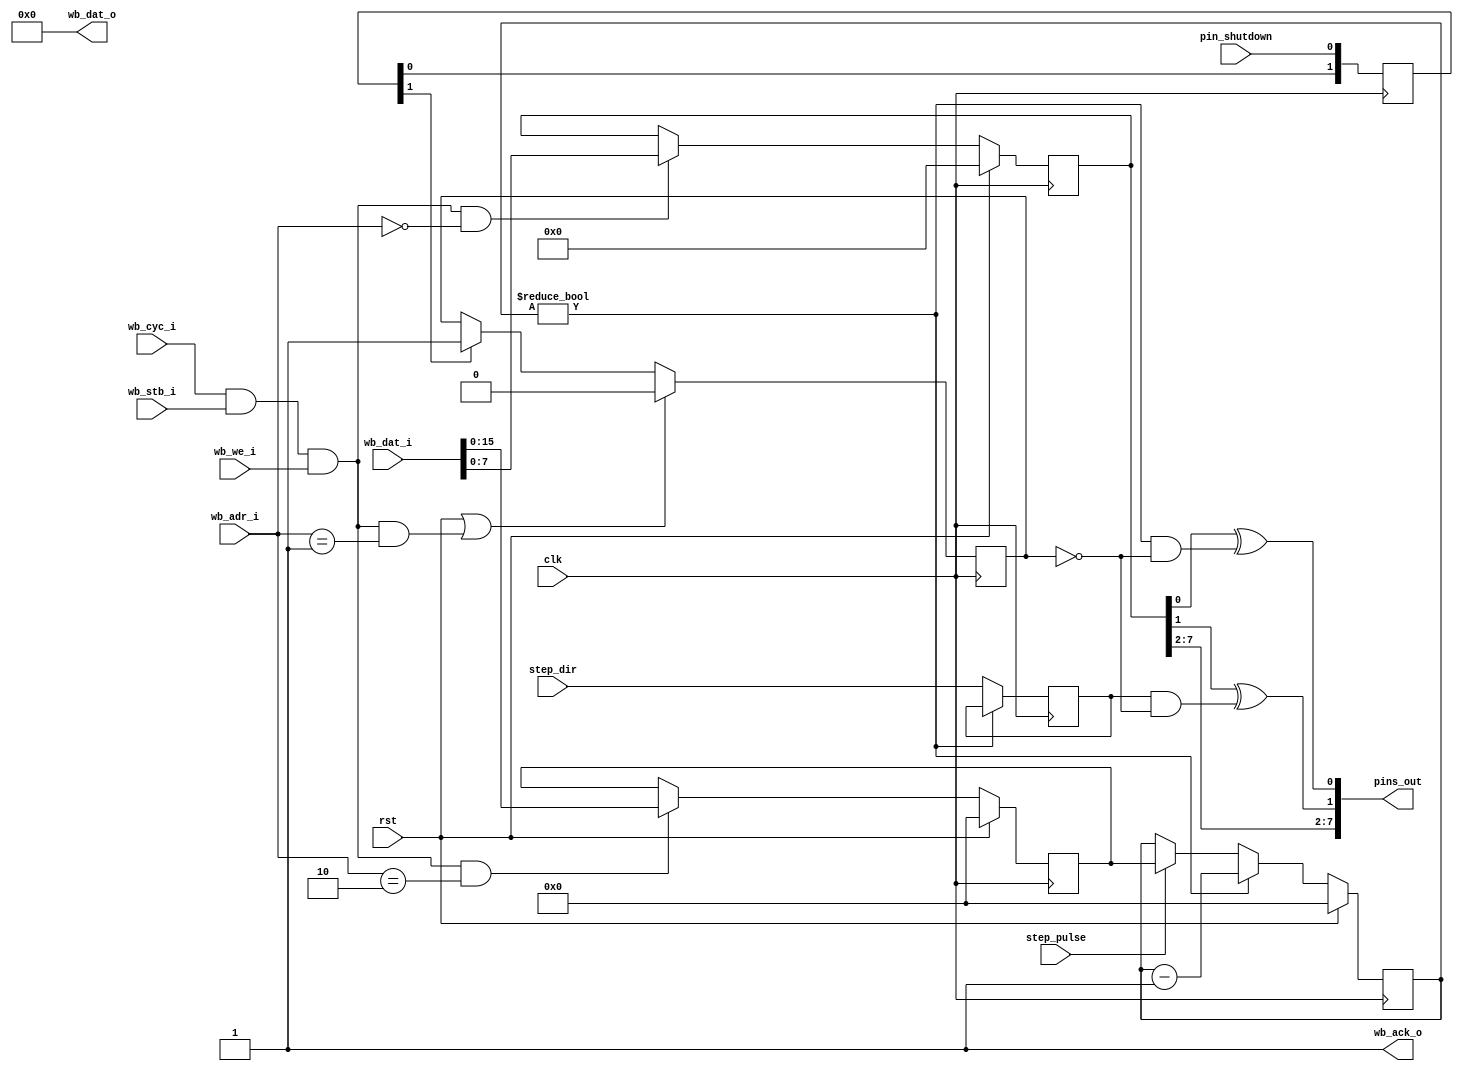
/* Configure output pins
 *
 * Copyright (c) 2024  Kevin O'Connor <kevin@koconnor.net>
 * SPDX-License-Identifier: Apache-2.0
 */

module pincfg (
    input clk, rst,

    input step_pulse, input step_dir,
    output [7:0] pins_out, input pin_shutdown,

    input wb_stb_i, input wb_cyc_i, input wb_we_i,
    input [3:0] wb_adr_i,
    input [31:0] wb_dat_i,
    output [31:0] wb_dat_o,
    output wb_ack_o
    );

    // Main pin polarity
    wire is_command_set_polarity;
    reg [7:0] polarity;
    always @(posedge clk) begin
        if (rst)
            polarity <= 0;
        else if (is_command_set_polarity)
            polarity <= wb_dat_i[7:0];
    end

    // Step pulse duration
    reg [15:0] step_duration;
    wire is_command_set_step_duration;
    always @(posedge clk) begin
        if (rst)
            step_duration <= 0;
        else if (is_command_set_step_duration)
            step_duration <= wb_dat_i[15:0];
    end

    // Step pin pulsing
    reg [15:0] dur_count;
    wire is_in_step_pulse = dur_count != 0;
    always @(posedge clk) begin
        if (rst)
            dur_count <= 0;
        else if (is_in_step_pulse)
            dur_count <= dur_count - 1;
        else if (step_pulse)
            dur_count <= step_duration;
    end

    // Step direction tracking
    reg active_step_dir;
    always @(posedge clk)
        if (!is_in_step_pulse)
            active_step_dir <= step_dir;

    // Shutdown tracking
    reg [1:0] buf_shutdown;
    always @(posedge clk)
        buf_shutdown <= { buf_shutdown[0], pin_shutdown };
    reg in_shutdown;
    wire is_command_clear_shutdown;
    always @(posedge clk) begin
        if (rst || is_command_clear_shutdown)
            in_shutdown <= 0;
        else if (buf_shutdown[1])
            in_shutdown <= 1;
    end
    wire is_pulse_active = is_in_step_pulse && !in_shutdown;
    wire is_dir_active = active_step_dir && !in_shutdown;

    // Pin output
    assign pins_out[0] = polarity[0] ^ is_pulse_active;
    assign pins_out[1] = polarity[1] ^ is_dir_active;
    assign pins_out[7:2] = polarity[7:2];

    // Wishbone command handling
    wire is_command = wb_cyc_i && wb_stb_i && wb_we_i;
    assign is_command_set_polarity = is_command && wb_adr_i == 0;
    assign is_command_clear_shutdown = is_command && wb_adr_i == 1;
    assign is_command_set_step_duration = is_command && wb_adr_i == 2;
    assign wb_dat_o = 0;
    assign wb_ack_o = 1;

endmodule